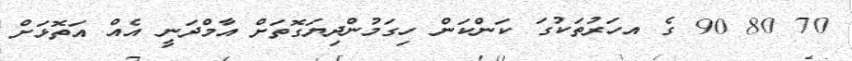
70 80 90 ގެ އހަރުތަކުގަ ކަންކަން ހިގަމުންދިޔަގޮތަށް އާމްދަނީ އެއް އަތޮޅަށް